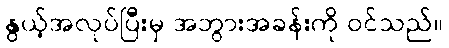
နွယ့်အလုပ်ပြီးမှ အဘွားအခန်းကို ဝင်သည်။